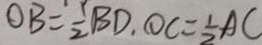
O B = \frac { 1 } { 2 } B D . O C = \frac { 1 } { 2 } A C